Indian journal of veterinary science and animal husbandry - Volumes 18-21, 1948-1951
Year: 1948
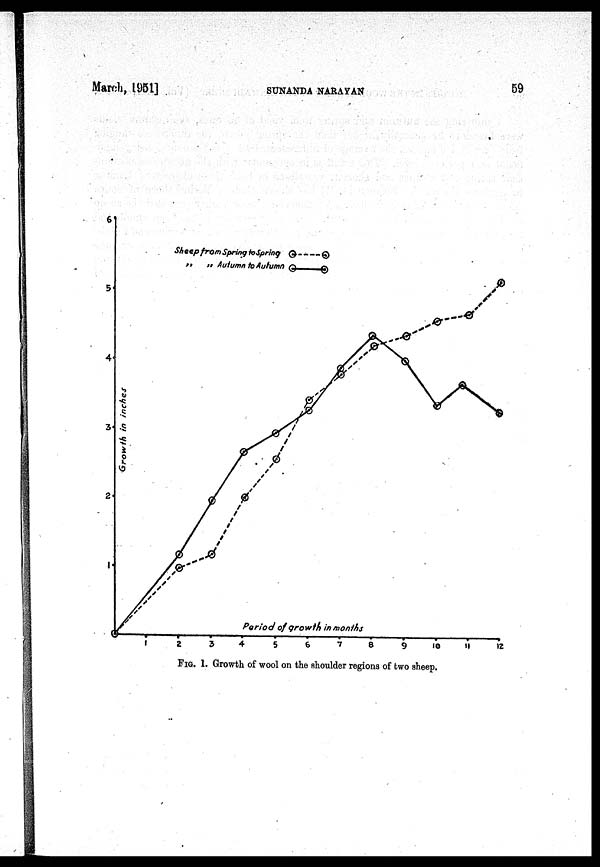
March, 1951]
SUNANDA
NARAYAN 59
FIG. 1. Growth of wool on the shoulder regions of two sheep.